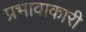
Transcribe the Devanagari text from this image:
प्रभावाकारी